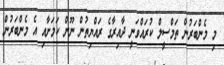
މި މެންބަރުން ތަމްސީލް ކުރައްވަނީ ދާއިރާގެ ރައްޔިތުން ނޫން ކަމަށާއި އެ މެންބަރުން